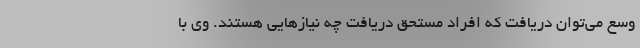
وسع می‌توان دریافت که افراد مستحق دریافت چه نیازهایی هستند. وی با